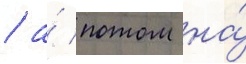
/ а́ потом на́